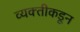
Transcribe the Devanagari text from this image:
व्यक्‍तीकडून